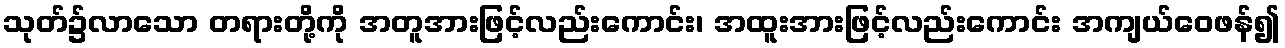
သုတ်၌လာသော တရားတို့ကို အတူအားဖြင့်လည်းကောင်း၊ အထူးအားဖြင့်လည်းကောင်း အကျယ်ဝေဖန်၍